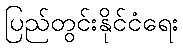
ပြည်တွင်းနိုင်ငံရေး